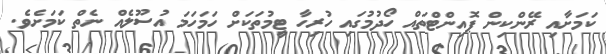
ކަމަށާއި ރޭންކިން ޕޮއިންޓްތައް ހޯދުމުގައި ހުރިހާ ޓީމުތަކަށް ހަމަހަމަ އުސޫލެއް ނެތް ކަމަށެވެ.